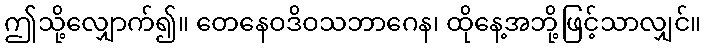
ဤသို့လျှောက်၍။ တေနေဝဒိဝသဘာဂေန၊ ထိုနေ့အဘို့ဖြင့်သာလျှင်။